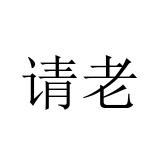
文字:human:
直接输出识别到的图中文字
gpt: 请老